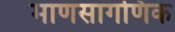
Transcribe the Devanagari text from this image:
माणसागणिक